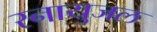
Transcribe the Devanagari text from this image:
स्नायुजल